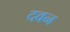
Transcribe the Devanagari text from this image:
दवन